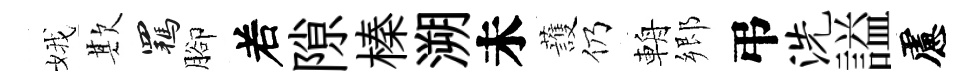
娥欺羈腳𠰥隙榛溯未䕶仍輈郷弔洗謚慮